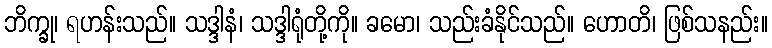
ဘိက္ခု၊ ရဟန်းသည်။ သဒ္ဒါနံ၊ သဒ္ဒါရုံတို့ကို။ ခမော၊ သည်းခံနိုင်သည်။ ဟောတိ၊ ဖြစ်သနည်း။